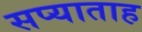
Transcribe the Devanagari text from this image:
सप्याताह